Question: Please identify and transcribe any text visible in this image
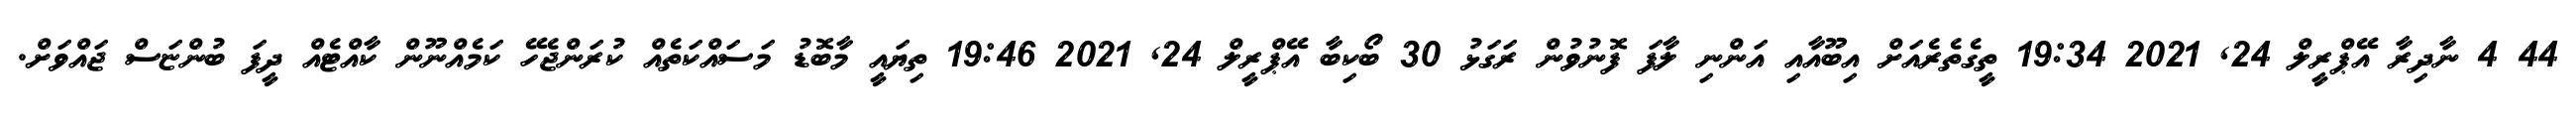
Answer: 44 4 ނާދިރާ އޭޕްރީލް 24, 2021 19:34 ތީގެތެރެއަށް އިބޫއާއި އަންނި ލާފަ ފޮނުވުން ރަގަޅު 30 ބޯކިބާ އޭޕްރީލް 24, 2021 19:46 ތިޔައީ މާބޮޑު މަސައްކަތެއް ކުރަންޖެހޭ ކަމެއްނޫން ކާއްޓެއް ދީފަ ބުންޏަސް ޖައްވަށް.